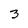
Character: 3